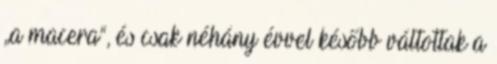
„a macera”, és csak néhány évvel később váltottak a